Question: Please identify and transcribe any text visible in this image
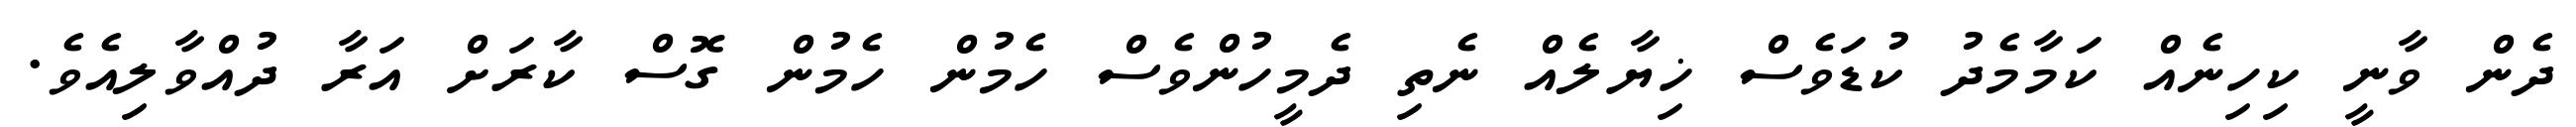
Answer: ދެން ވާނީ ކިހިނެއް ކަމާމެދު ކުޑަވެސް ޚިޔާލެއް ނެތި ދެމީހުންވެސް ހެމުން ހެމުން ގޮސް ކާރަށް އަރާ ދުއްވާލިއެވެ.